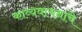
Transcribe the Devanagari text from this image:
काव्यवाचनांचे